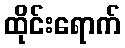
ထိုင်းရောက်